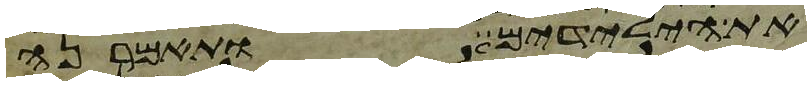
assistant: את הילדים ותאמרנה